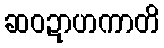
ဆဝဍာဟကာတိ